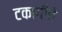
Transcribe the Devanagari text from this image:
टकागीचे